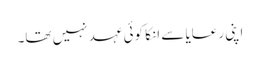
اپنی رعایا سے انکا کوئی عہد نہیں تھا۔